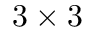
3 \times 3